Indian journal of veterinary science and animal husbandry - Volume 10,
Year: 1940
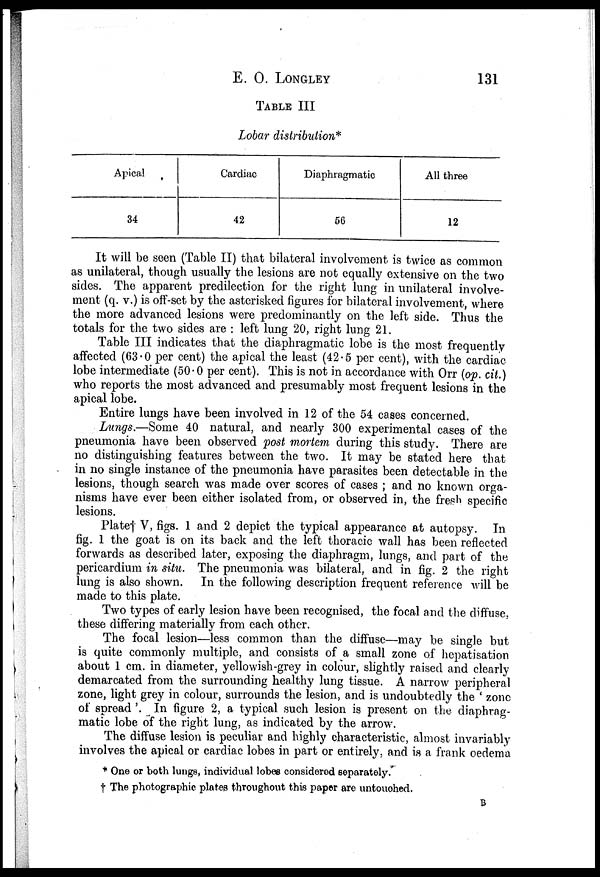
E. O. LONGLEY
131
TABLE III
Lobar distribution*
Apical
34
Cardiac
42
Diaphragmatic
56
All three
12
It will be seen (Table II) that bilateral involvement is twice as common
as unilateral, though usually the lesions are not equally extensive on the two
sides. The apparent predilection for the right lung in unilateral involve-
ment (q. v.) is off-set by the asterisked figures for bilateral involvement, where
the more advanced lesions were predominantly on the left side. Thus the
totals for the two sides are : left lung 20, right lung 21.
Table III indicates that the diaphragmatic lobe is the most frequently
affected (63.0 per cent) the apical the least (42.5 per cent), with the cardiac
lobe intermediate (50.0 per cent). This is not in accordance with Orr (op. cit.)
who reports the most advanced and presumably most frequent lesions in the
apical lobe.
Entire lungs have been involved in 12 of the 54 cases concerned.
Lungs.—Some 40 natural, and nearly 300 experimental cases of the
pneumonia have been observed post mortem during this study. There are
no distinguishing features between the two. It may be stated here that
in no single instance of the pneumonia have parasites been detectable in the
lesions, though search was made over scores of cases ; and no known orga-
nisms have ever been either isolated from, or observed in, the fresh, specific
lesions.
Plate† V, figs. 1 and 2 depict the typical appearance at autopsy. In
fig. 1 the goat is on its back and the left thoracic wall has been reflected
forwards as described later, exposing the diaphragm, lungs, and part of the
pericardium in situ. The pneumonia was bilateral, and in fig. 2 the right
lung is also shown. In the following description frequent reference will be
made to this plate.
Two types of early lesion have been recognised, the focal and the diffuse,
these differing materially from each other.
The focal lesion—less common than the diffuse—may be single but
is quite commonly multiple, and consists of a small zone of hepatisation
about 1 cm. in diameter, yellowish-grey in colour, slightly raised and clearly
demarcated from the surrounding healthy lung tissue. A narrow peripheral
zone, light grey in colour, surrounds the lesion, and is undoubtedly the ' zone
of spread '. In figure 2, a typical such lesion is present on the diaphrag-
matic lobe of the right lung, as indicated by the arrow.
The diffuse lesion is peculiar and highly characteristic, almost invariably
involves the apical or cardiac lobes in part or entirely, and is a frank oedema
* One or both lungs, individual lobes considered separately.
† The photographic plates throughout this paper are untouched.
B